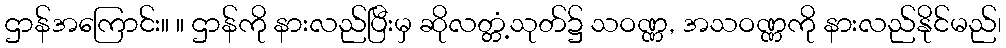
ဌာန်အကြောင်း။ ။ ဌာန်ကို နားလည်ပြီးမှ ဆိုလတ္တံ့သုတ်၌ သဝဏ္ဏ, အသဝဏ္ဏကို နားလည်နိုင်မည်၊